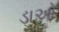
ડાઓ